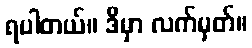
ရပါတယ်။ ဒီမှာ လက်မှတ်။